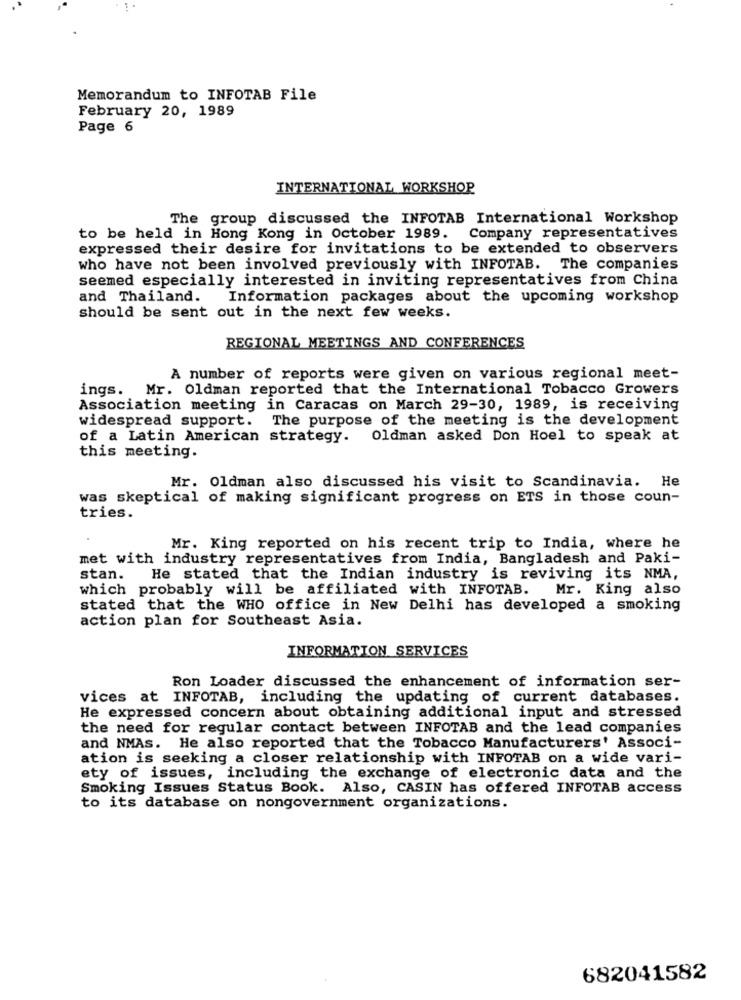
Memorandum to INFOTAB File
February 20, 1989
Page 6
INTERNATIONAL WORKSHOP
The group discussed the INFOTAB International Workshop
to be held in Hong Kong in October 1989. Company representatives
expressed their desire for invitations to be extended to observers
who have not been involved previously with INFOTAB. The companies
seemed especially interested in inviting representatives from China
and Thailand. Information packages about the upcoming workshop
should be sent out in the next few weeks.
REGIONAL MEETINGS AND CONFERENCES
A number of reports were given on various regional meet-
ings. Mr. Oldman reported that the International Tobacco Growers
Association meeting in Caracas on March 29-30, 1989, is receiving
widespread support. The purpose of the meeting is the development
of a Latin American strategy.
Oldman asked Don Hoel to speak at
this meeting.
Mr. Oldman also discussed his visit to Scandinavia. He
was skeptical of making significant progress on ETS in those coun-
tries.
Mr. King reported on his recent trip to India, where he
met with industry representatives from India, Bangladesh and Paki-
stan. He stated that the Indian industry is reviving its NMA,
which probably will be affiliated with INFOTAB.
Mr. King also
stated that the WHO office in New Delhi has developed a smoking
action plan for Southeast Asia.
INFORMATION SERVICES
Ron Loader discussed the enhancement of information ser-
vices at INFOTAB, including the updating of current databases.
He expressed concern about obtaining additional input and stressed
the need for regular contact between INFOTAB and the lead companies
and NMAs. He also reported that the Tobacco Manufacturers' Associ-
ation is seeking a closer relationship with INFOTAB on a wide vari-
ety of issues, including the exchange of electronic data and the
Smoking Issues Status Book. Also, CASIN has offered INFOTAB access
to its database on nongovernment organizations.
682041582